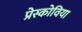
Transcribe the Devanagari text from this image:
प्रेस्कोविया